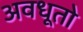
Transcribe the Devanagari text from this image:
अवधूतो